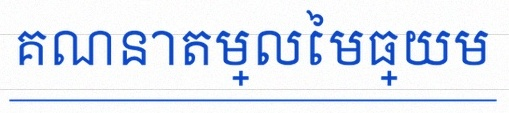
គណនាតម្លៃមធ្យម